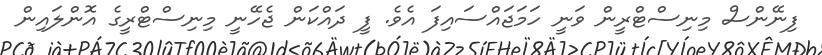
ފިނޭންސް މިނިސްޓްރީން ވަނީ ހަމަޖައްސައިފަ އެވެ. ފީ ދައްކަން ޖެހޭނީ މިނިސްޓްރީގެ އޮންލައިން